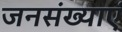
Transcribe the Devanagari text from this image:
जनसंख्याएं